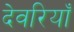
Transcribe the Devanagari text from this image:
देवरियाँ